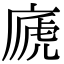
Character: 𢊀